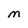
Character: M